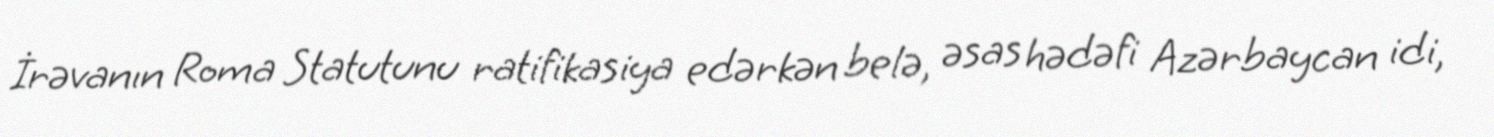
İrəvanın Roma Statutunu ratifikasiya edərkən belə, əsas hədəfi Azərbaycan idi,